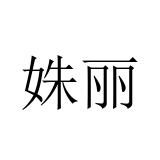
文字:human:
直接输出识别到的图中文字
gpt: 姝丽